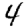
Digit: 4